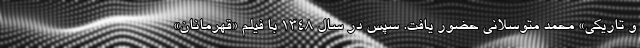
و تاریکی» محمد متوسلانی حضور یافت. سپس در سال ۱۳۴۸ با فیلم «قهرمانان»